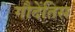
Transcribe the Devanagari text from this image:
गौदेंतिस